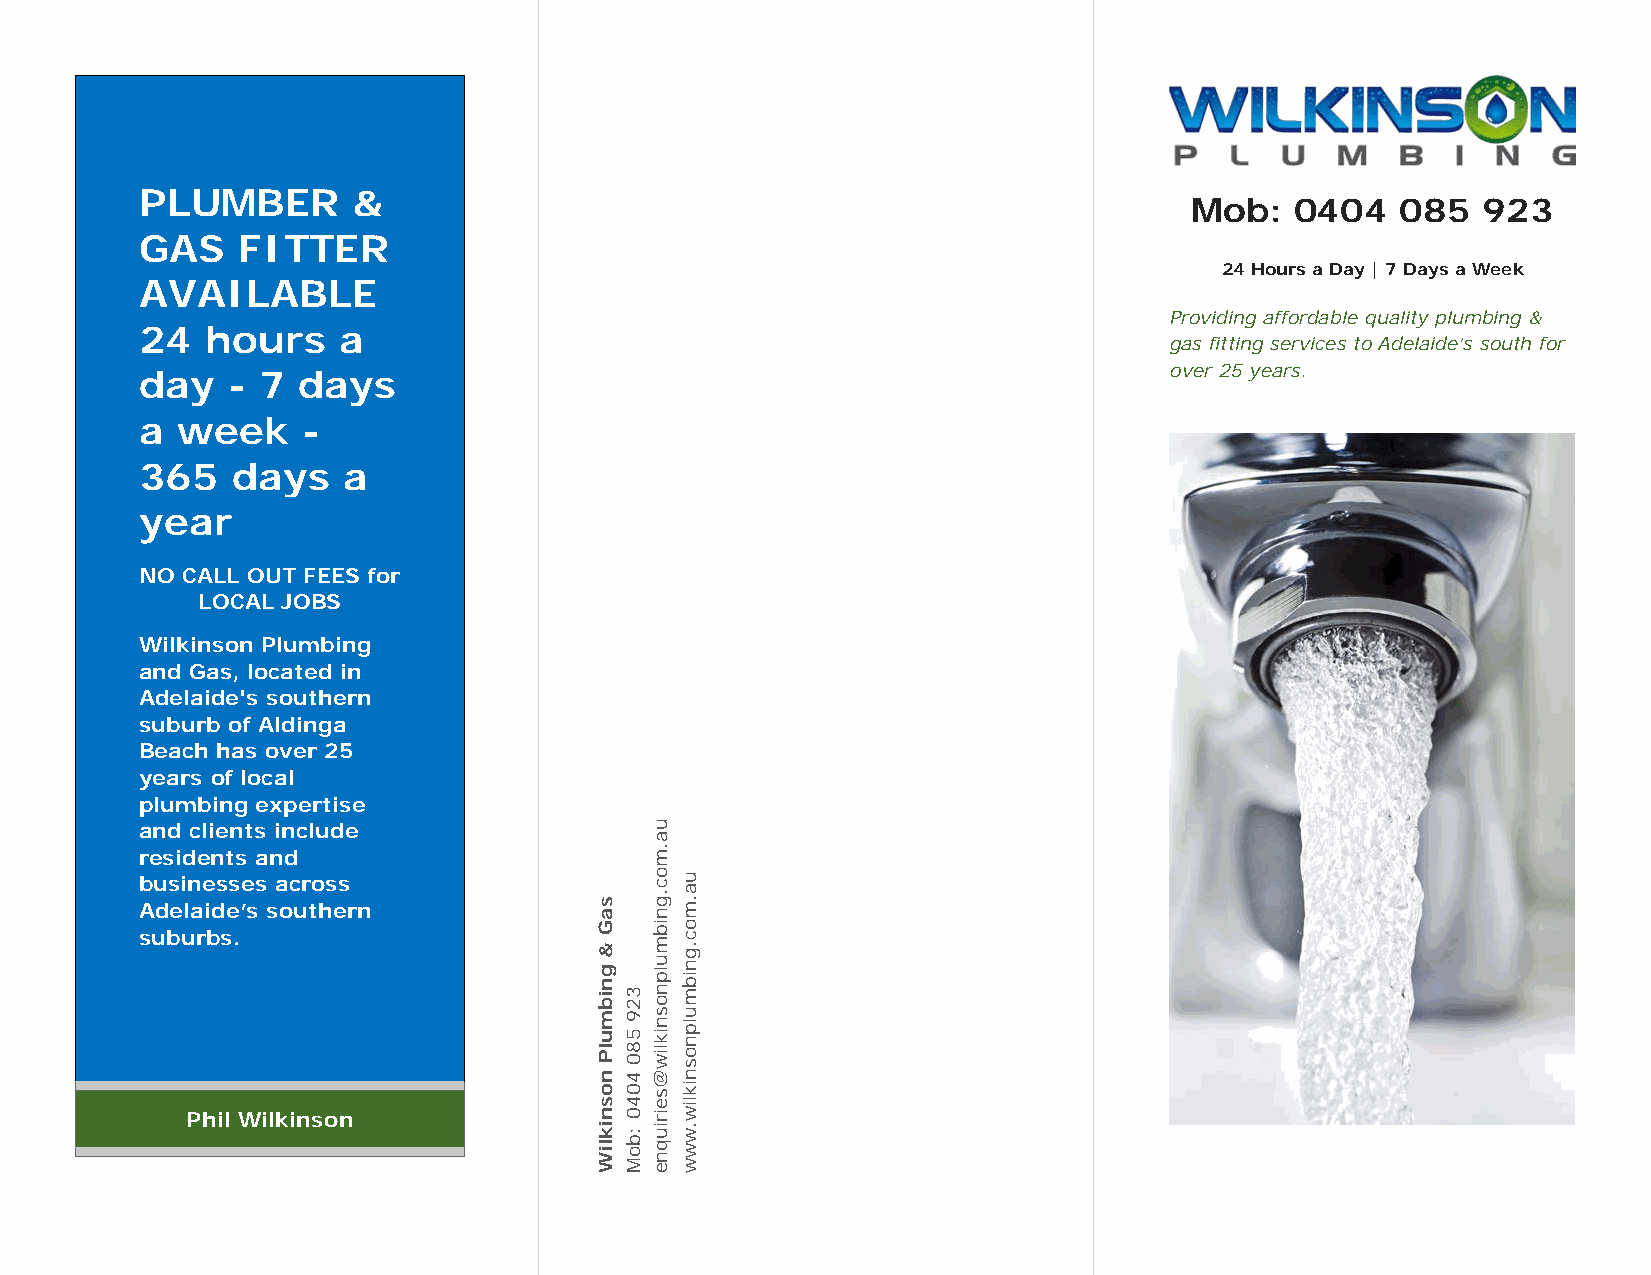
PLUMBER       &
 Mob:   0404   085  923
 GAS    FITTER
 24 Hours a Day | 7 Days a Week
 AVAILABLE
 Providing affordable quality plumbing &
 24   hours   a
 gas fitting services to Adelaide’s south for
 over 25 years.
 day   - 7  days
 a  week    -
 365   days    a
 year
 NO CALL OUT FEES for
 LOCAL JOBS
 Wilkinson Plumbing
 and Gas, located in
 Adelaide's southern
 suburb of Aldinga
 Beach has over 25
 years of local
 plumbing expertise
 and clients include
 residents and
 businesses across
 Adelaide’s southern
 suburbs.
 Phil Wilkinson
 saG
 &
 gnibmulP
 nosnikliW
 329
 580
 4040
 :boM
 ua.moc.gnibmulpnosnikliw@seiriuqne
 ua.moc.gnibmulpnosnikliw.www